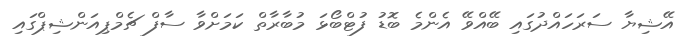
އޭޝިޔާ ސަރަހައްދުގައި ބޭއްވޭ އެންމެ ބޮޑު ފުޓްބޯޅަ މުބާރާތް ކަމަށްވާ ސާފް ޗެމްޕިއަންޝިޕްގައި